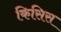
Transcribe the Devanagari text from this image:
किसिस